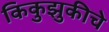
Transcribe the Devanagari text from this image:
किकुझुकीचे